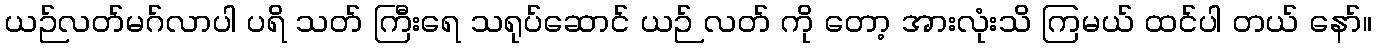
ယဉ်လတ်မဂ်လာပါ ပရိ သတ် ကြီးရေ သရုပ်ဆောင် ယဉ် လတ် ကို တော့ အားလုံးသိ ကြမယ် ထင်ပါ တယ် နော်။